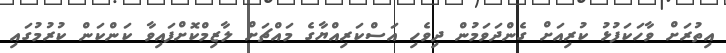
އިތުރަށް ވާހަކަފުޅު ކުރިއަށް ގެންދަވަމުން ދިވެހި އަސްކަރިއްޔާގެ މައްޗަށް ލާޒިމްކޮށްފައިވާ ކަންކަން ކުރުމުގައި